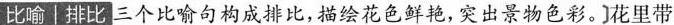
比喻|排比三个比喻句构成排比,描会花色鲜艳,突出景物色彩。]花里带